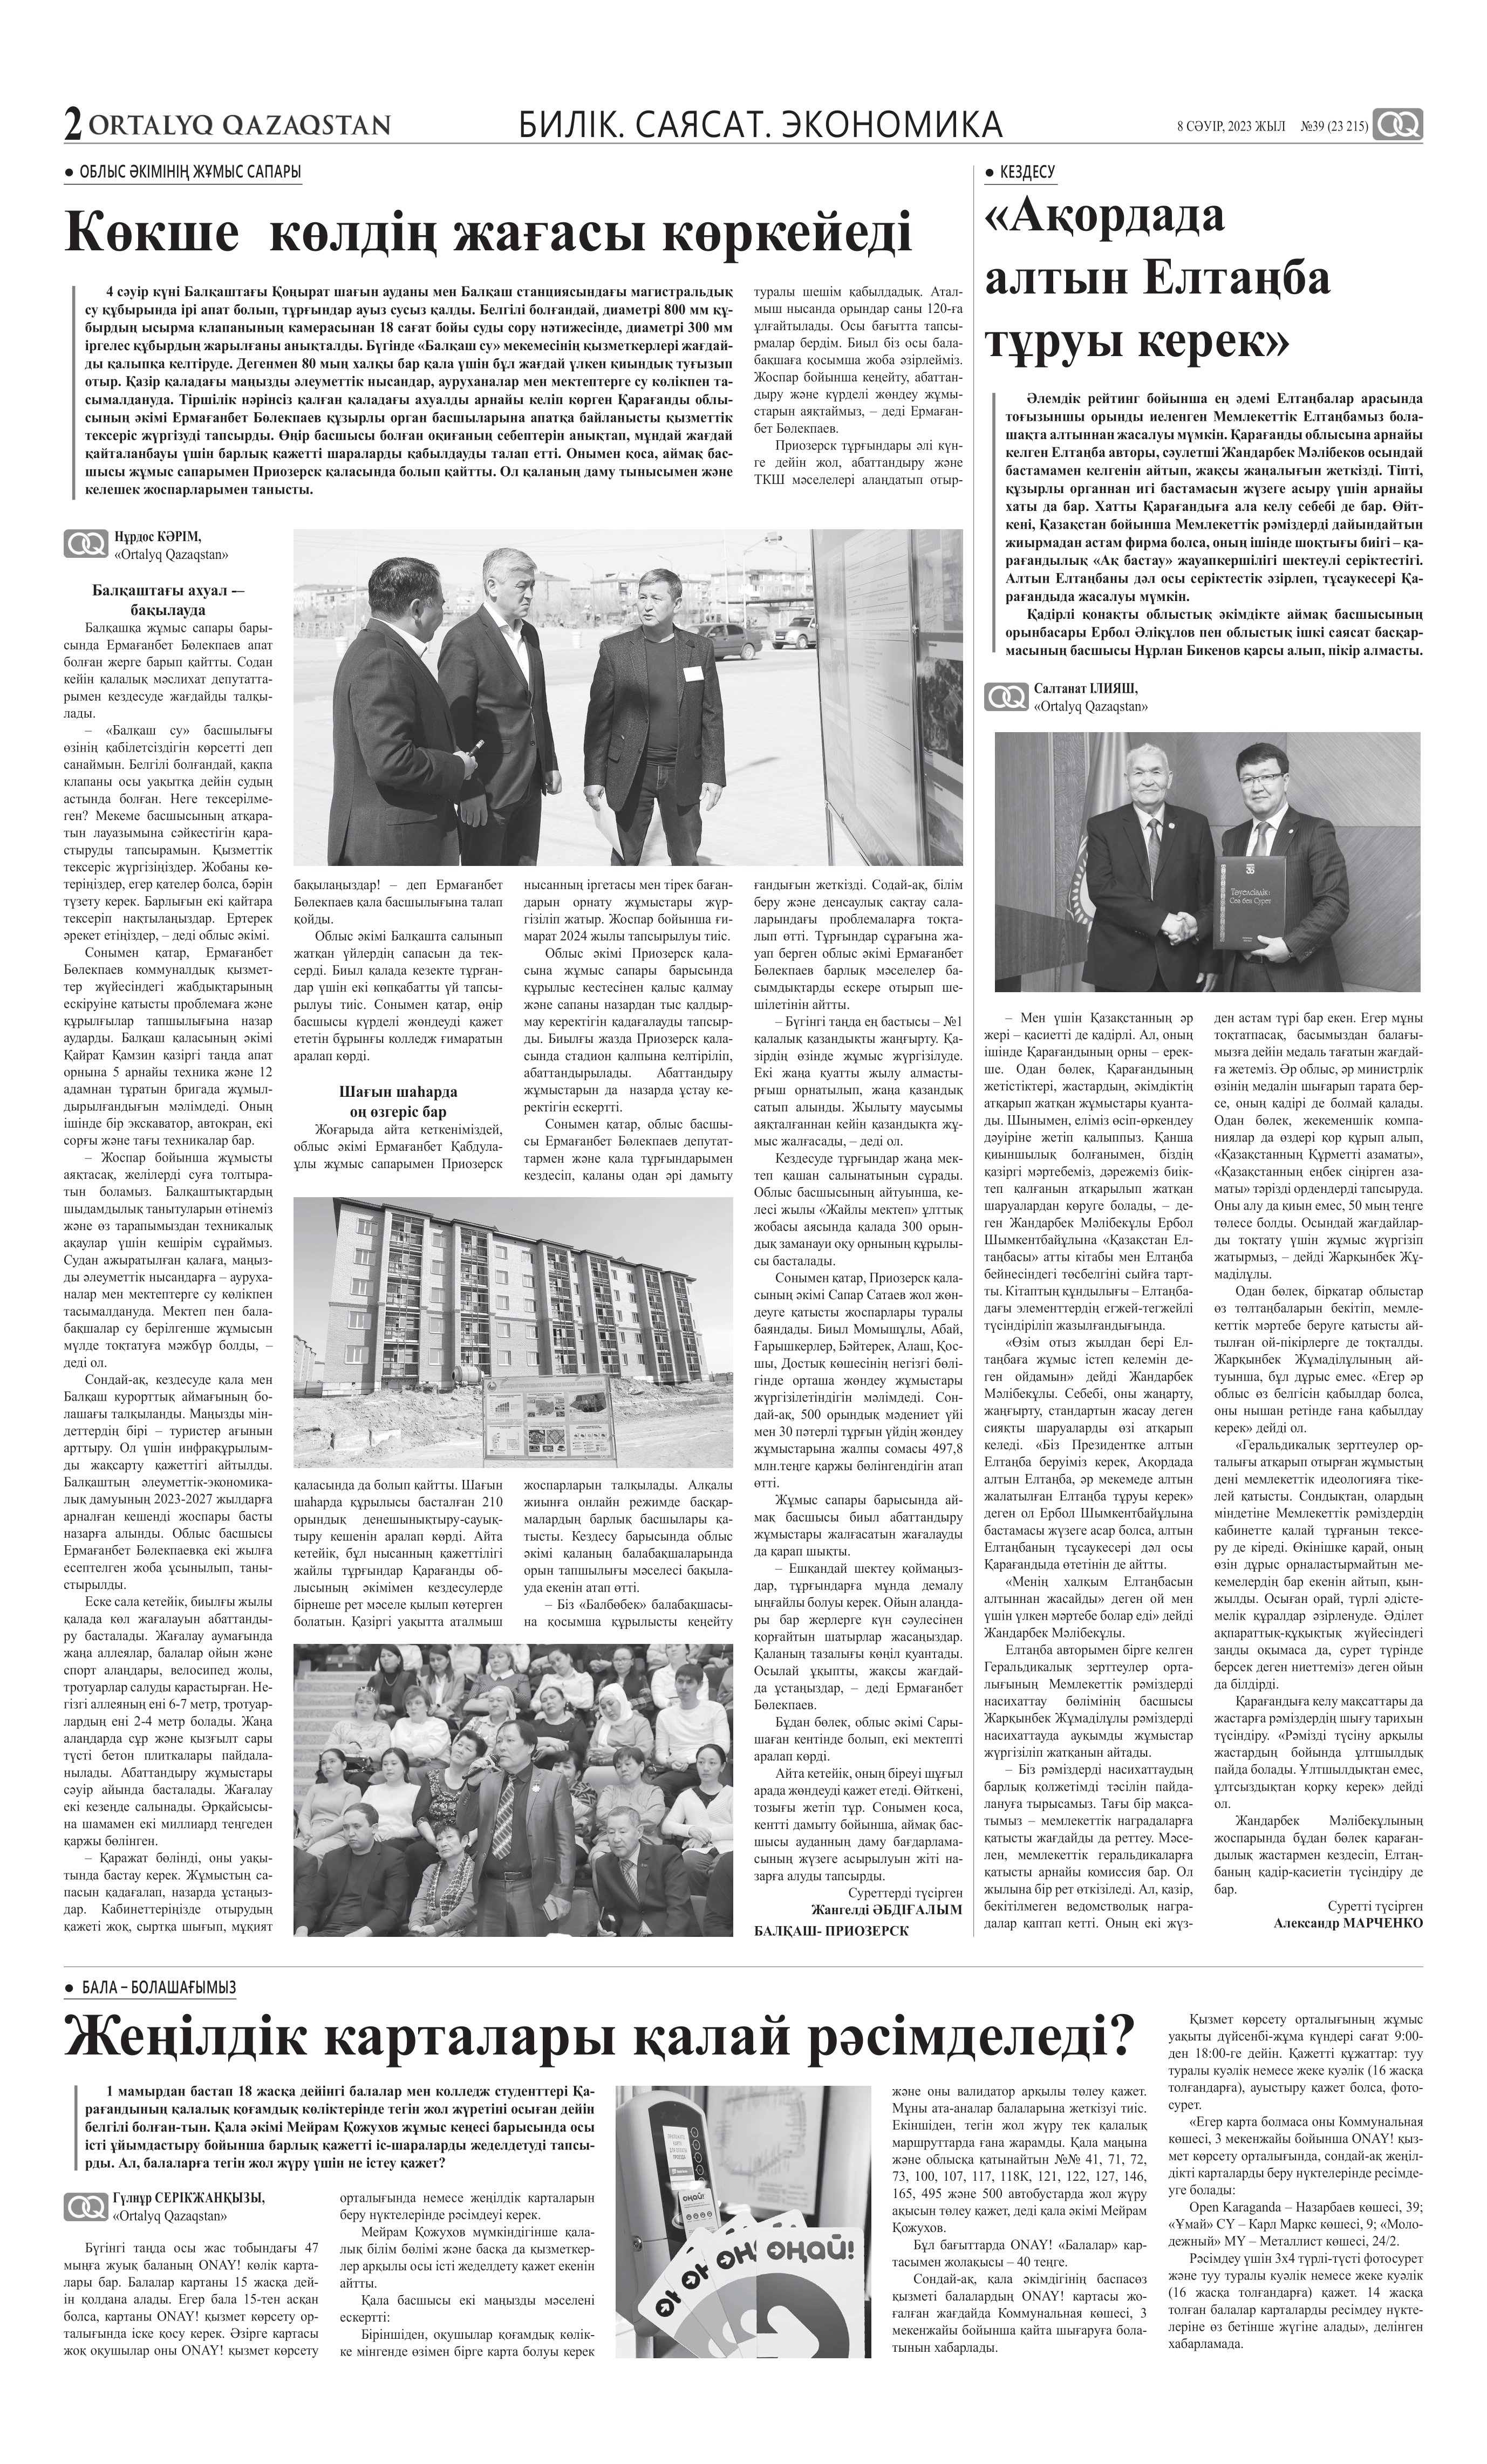
Language: kk